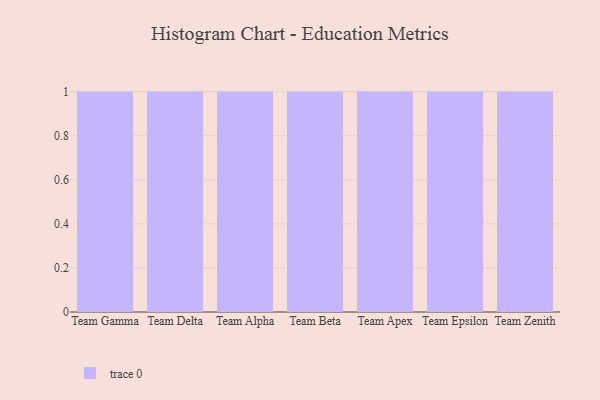
{"axis": {"x": "Team", "y": "Satisfaction Score"}, "legend": [""], "data": [{"x": "Team Gamma", "y": 62, "type": ""}, {"x": "Team Delta", "y": 9, "type": ""}, {"x": "Team Alpha", "y": 34, "type": ""}, {"x": "Team Beta", "y": 1, "type": ""}, {"x": "Team Apex", "y": 28, "type": ""}, {"x": "Team Epsilon", "y": 39, "type": ""}, {"x": "Team Zenith", "y": 68, "type": ""}]}